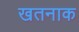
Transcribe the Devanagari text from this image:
खतनाक